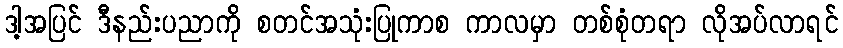
ဒါ့အပြင် ဒီနည်းပညာကို စတင်အသုံးပြုကာစ ကာလမှာ တစ်စုံတရာ လိုအပ်လာရင်